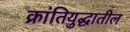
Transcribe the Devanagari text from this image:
क्रांतियुद्धातील